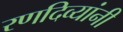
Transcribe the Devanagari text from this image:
रणदिव्यांनी